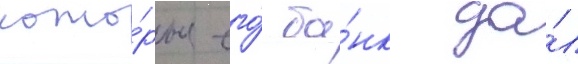
кото́рые его́ ба́нк да́л